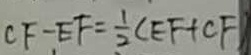
C F - E F = \frac { 1 } { 2 } ( E F + C F )